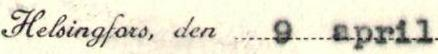
Helsingfors, den 9 april